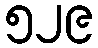
၅၂၉